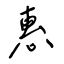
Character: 惠